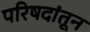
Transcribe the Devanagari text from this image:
परिषदांतून